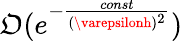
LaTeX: \mathfrak{O}(e^{-\frac{{const}}{{(\varepsilonh)^{2}}}})